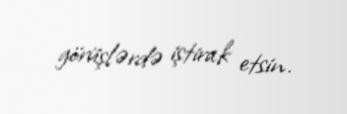
görüşlərdə iştirak etsin.